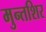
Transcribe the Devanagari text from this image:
मुन्तशिर